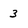
Character: 3